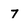
Character: 7